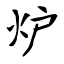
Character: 炉